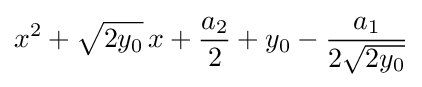
x^{2}+{\sqrt {2y_{0}}}\,x+{\frac {a_{2}}{2}}+y_{0}-{\frac {a_{1}}{2{\sqrt {2y_{0}}}}}